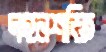
দহনশক্তি